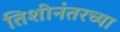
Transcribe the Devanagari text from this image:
तिशीनंतरच्या